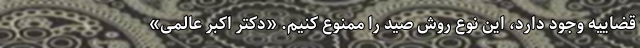
قضاییه وجود دارد، این نوع روش صید را ممنوع کنیم. «دکتر اکبر عالمی»